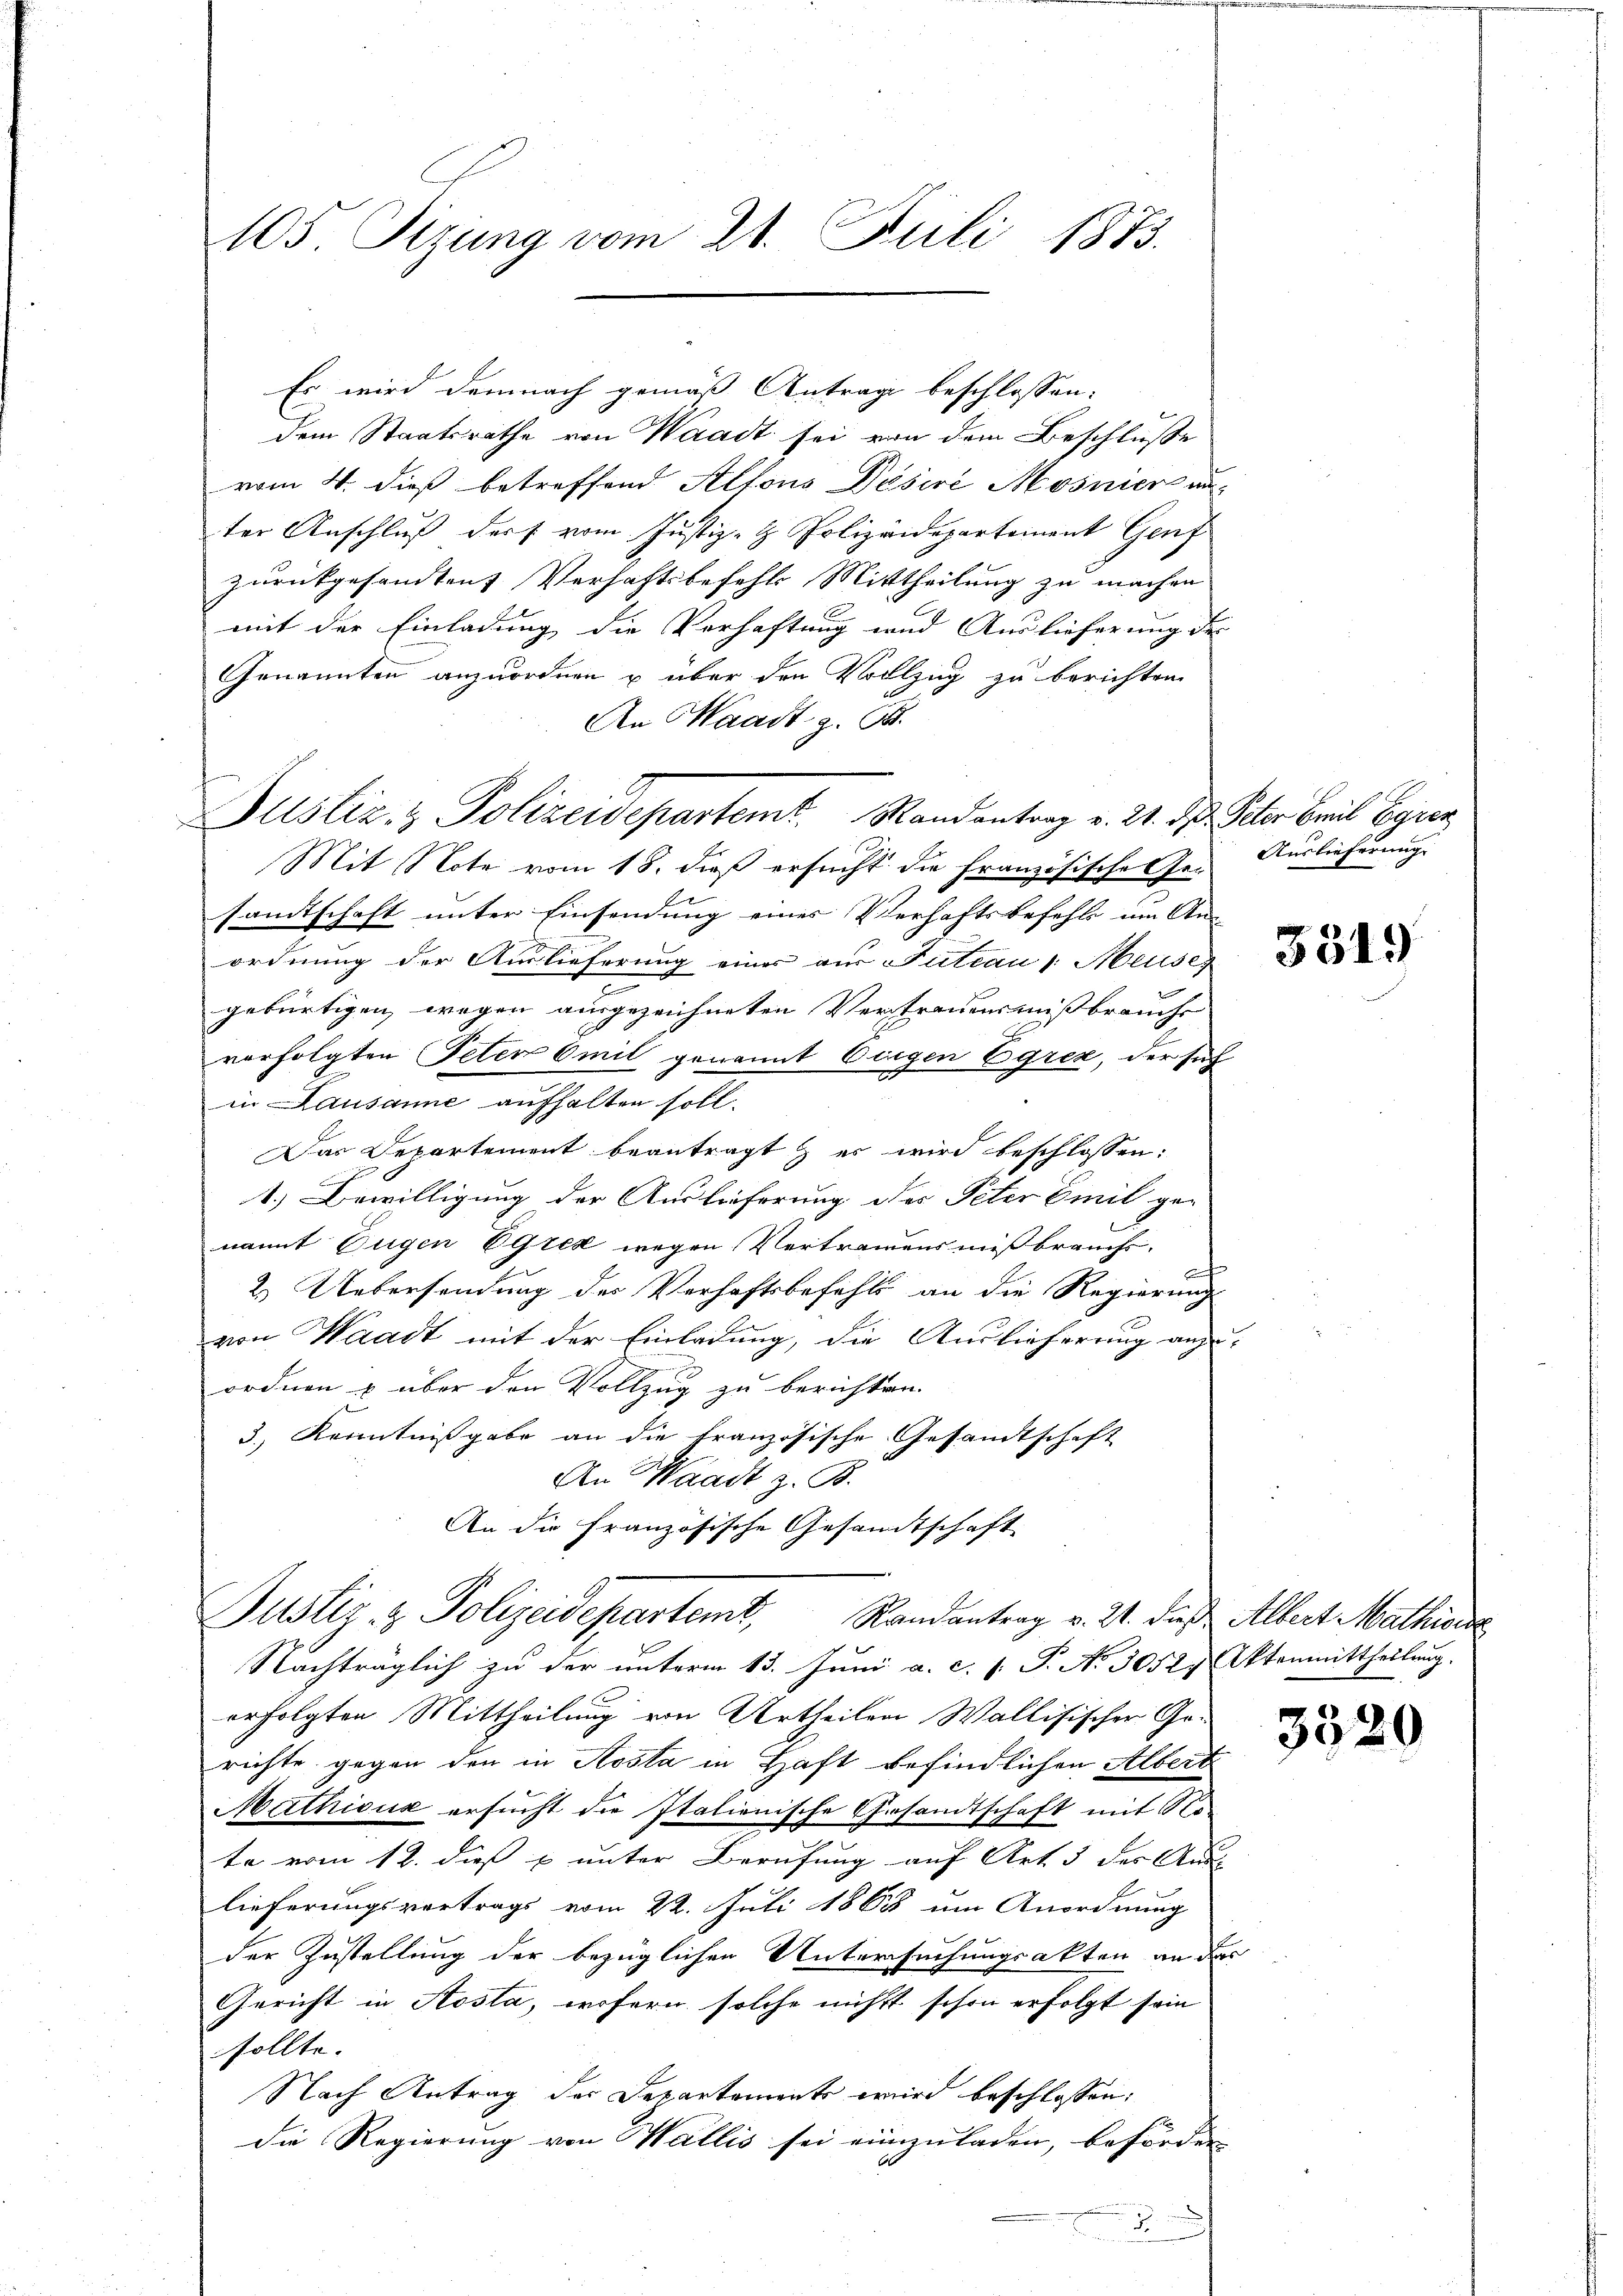
105. Sizung vom 28. Juli 1873.

Es wird demnach gemäß Antrage beschlossen:
dem Staatsrathe von Waadt sei von dem Beschluße
vom 4. dieß betreffend Alfons Desire Mosnien au
ter Anschluß ders vom Justiz- & Polizeidepartement Genf
zurückgesandten Verhaftsbefehls Mittheilung zu machen
mit der Einladung die Verhaftung und Auslieferung des
Genannten anzuordnen u über den Vollzug zu berichten.
An Waadt z. B.
Mit Note vom 18. dieß ersucht die Französische Ge- Auslieferung
sandtschaft unter Einsendung eines Verhaftsbefehls im An-
ordnung der Auslieferung eines aus Tuteau v. Aeuses
gebürtigen, wegen ausgezeichneten Vertrauensmissbrauche
vorfolgten Peter Emil genannt Eingen Ogrex, der sich
in Lausanne aufhalten soll.
Das Departement beantragt & es wird beschlossen:
1.) Bewilligung der Auslieferung des Peter Emil genamnt Eugen EGrek wegen Vertramens mißbrauchs.
2.) Uebersendung des Verhaftsbefehls an die Regierung
von Waadt mit der Einladung, die Auslieferung anzu-
ordnen & über den Vollzug zu berichten.
3.) Kenntnißgabe an die französische Gesandtschaft
An Waadt z. B.
An die Französische Gesandtschaft
Justiz & Polizeidepartemb. Randantrag v. 21. daß Albert Mathie
Nachträglich zu der unterm 13. Juni a. c. s. P. Nr. 30527. Aktenmittheilung.
erfolgten Mittheilung von Urtheilen Wallisischer Ge-
richte gegen den in Kosta in Haft befindlichen Albert
Mathioux ersucht die Italienische Gesandtschaft mit Note vom 12. dieß & unter Berufung auf Art 3 des Aus- |
lieferungsvortrags vom 22. Juli 1865 um Anordnung
der Zustellung der bezüglichen Untersuchungsakten an der
Gericht in Aosta, wofern solche nicht schon erfolgt sein
sollte.
Nach Antrag der Departements wird beschlossen:
Die Regierung von Wallis sei einzuladen, beförden

m

Justiz- & Polizeidepartemt. Randentrag v. 21. ds. Peter Breit Beyrer

3319

3520